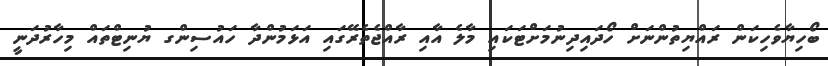
ބޯހިޔާވެހިކަން ރައްޔިތުންނަށް ހޯދައިދިނުމަށްޓަކައި މާލެ އާއި ރާއްޖެތެރޭގައި އަޅަމުންދާ ހައުސިންގ ޔުނިޓްތައް މިހާރުދަނީ